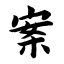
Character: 案